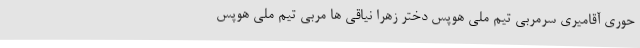
حوری آقامیری سرمربی تیم ملی هوپس دختر زهرا نیاقی ها مربی تیم ملی هوپس